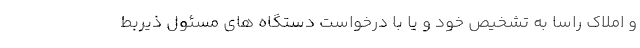
و املاک راساً به تشخیص خود و یا با درخواست دستگاه های مسئول ذیربط